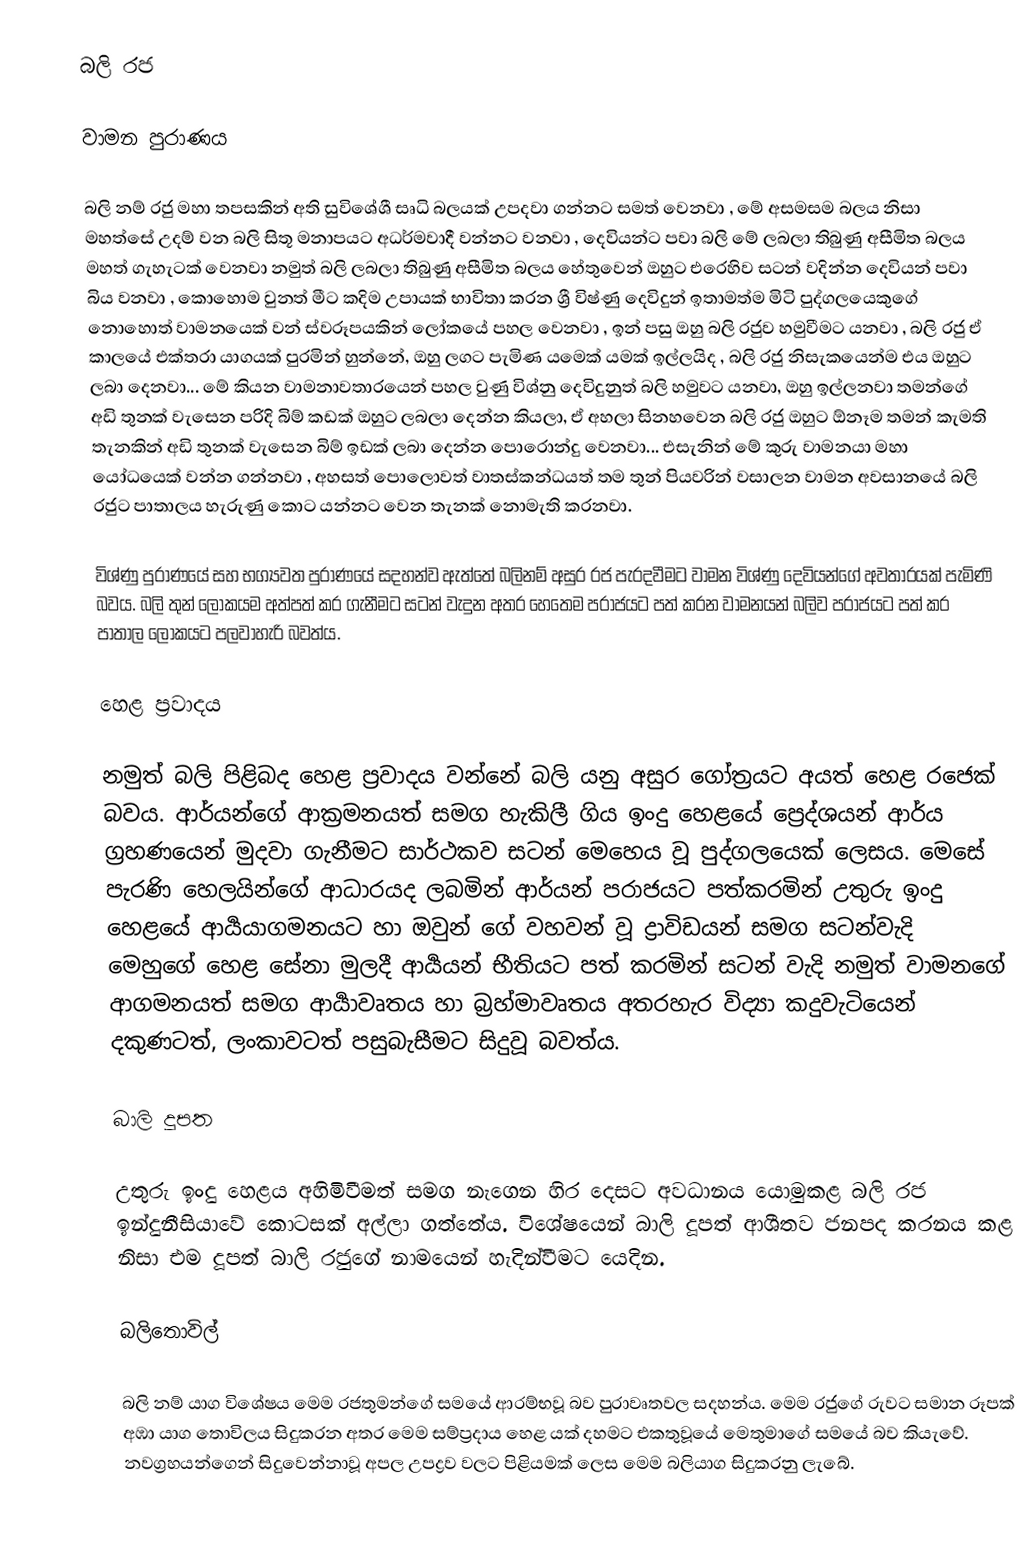
බලි රජ

වාමන පුරාණය

බලි නම් රජු මහා තපසකින් අති සුවිශේශී සෘධි බලයක් උපදවා ගන්නට සමත් වෙනවා , මේ අසමසම බලය නිසා මහත්සේ උදම් වන බලි සිතූ මනාපයට අධර්මවාදී වන්නට වනවා , දෙවියන්ට පවා බලි මේ ලබලා තිබුණු අසීමිත බලය මහත් ගැහැටක් වෙනවා නමුත් බලි ලබලා තිබුණු අසීමිත බලය හේතුවෙන් ඔහුට එරෙහිව සටන් වදින්න දෙවියන් පවා බිය වනවා , කොහොම වුනත් මීට කදිම උපායක් භාවිතා කරන ශ්‍රී විෂ්ණු දෙවිදුන් ඉතාමත්ම මිටි පුද්ගලයෙකුගේ නොහොත් වාමනයෙක් වන් ස්වරූපයකින් ලෝකයේ පහල වෙනවා , ඉන් පසු ඔහු බලි රජුව හමුවීමට යනවා , බලි රජු ඒ කාලයේ එක්තරා යාගයක් පුරමින් හුන්නේ, ඔහු ලගට පැමිණ යමෙක් යමක් ඉල්ලයිද , බලි රජු නිසැකයෙන්ම එය ඔහුට ලබා දෙනවා... මේ කියන වාමනාවතාරයෙන් පහල වුණු විශ්නු දෙවිදුනුත් බලි හමුවට යනවා, ඔහු ඉල්ලනවා තමන්ගේ අඩි තුනක් වැසෙන පරිදි බිම් කඩක් ඔහුට ලබලා දෙන්න කියලා, ඒ අහලා සිනහවෙන බලි රජු ඔහුට ඕනෑම තමන් කැමති තැනකින් අඩි තුනක් වැසෙන බිම් ඉඩක් ලබා දෙන්න පොරොන්දු වෙනවා... එසැනින් මේ කුරු වාමනයා මහා යෝධයෙක් වන්න ගන්නවා , අහසත් පොලොවත් වාතස්කන්ධයත් තම තුන් පියවරින් වසාලන වාමන අවසානයේ බලි රජුට පාතාලය හැරුණු කොට යන්නට වෙන තැනක් නොමැති කරනවා.

විශ්ණු පුරාණයේ සහ භග්‍යවත පුරාණයේ සදහන්ව ඇත්තේ බලිනම් අසුර රජ පැරදවීමට වාමන විශ්ණු දෙවියන්ගේ අවතාරයක් පැමිණි බවය. බලි තුන් ලෝකයම අත්පත් කර ගැනීමට සටන් වැදුන අතර හෙතෙම පරාජයට පත් කරන වාමනයන් බලිව පරාජයට පත් කර පාතාල ලොකයට පලවාහැරි බවත්ය.

හෙළ ප්‍රවාදය

නමුත් බලි පිළිබද හෙළ ප්‍රවාදය වන්නේ බලි යනු අසුර ගෝත්‍රයට අයත් හෙළ රජෙක් බවය. ආර්යන්ගේ ආක්‍රමනයත් සමග හැකිලී ගිය ඉංදු හෙළයේ ප්‍රෙද්ශයන් ආර්ය ග්‍රහණයෙන් මුදවා ගැනීමට  සාර්ථකව සටන් මෙහෙය වූ පුද්ගලයෙක් ලෙසය. මෙසේ පැරණි හෙලයින්ගේ ආධාරයද ලබමින් ආර්යන් පරාජයට පත්කරමින් උතුරු ඉංදු හෙළයේ ආර්‍යයාගමනයට හා ඔවුන් ගේ වහවන් වූ ද්‍රාවිඩයන් සමග සටන්වැදි මෙහුගේ හෙළ සේනා මුලදී ආර්‍යයන් භීතියට පත් කරමින් සටන් වැදි නමුත් වාමනගේ ආගමනයත් සමග ආර්‍යාවෘතය හා බ්‍රහ්මාවෘතය අතරහැර විද්‍යා කදුවැටියෙන් දකුණටත්, ලංකාවටත් පසුබැසීමට සිදුවූ බවත්ය.

බාලි දූපත

උතුරු ඉංදු හෙළය අහිමිවීමත් සමග නැගෙන හිර දෙසට අවධානය යොමුකළ බලි රජ ඉන්දුනීසියාවේ කොටසක් අල්ලා ගත්තේය. විශේෂයෙන් බාලි දූපත් ආශීතව ජනපද කරනය කළ නිසා එම දූපත් බාලි රජුගේ නාමයෙන් හැදින්වීමට යෙදින.

බලිතොවිල්

බලි නම් යාග විශේෂය මෙම රජතුමන්ගේ සමයේ ආරම්භවූ බව පුරාවෘතවල සදහන්ය. මෙම රජුගේ රුවට සමාන රූපක් අඹා යාග තොවිලය සිදුකරන අතර මෙම සම්ප්‍රදාය හෙළ යක් දහමට එකතුවූයේ මෙතුමාගේ සමයේ බව කියැවේ. නවග්‍රහයන්ගෙන් සිදුවෙන්නාවූ අපල උපද්‍රව වලට පිළියමක් ලෙස මෙම බලියාග සිදුකරනු ලැබේ.